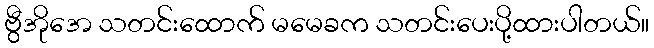
ဗွီအိုအေ သတင်းထောက် မမေခက သတင်းပေးပို့ထားပါတယ်။